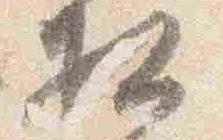
相